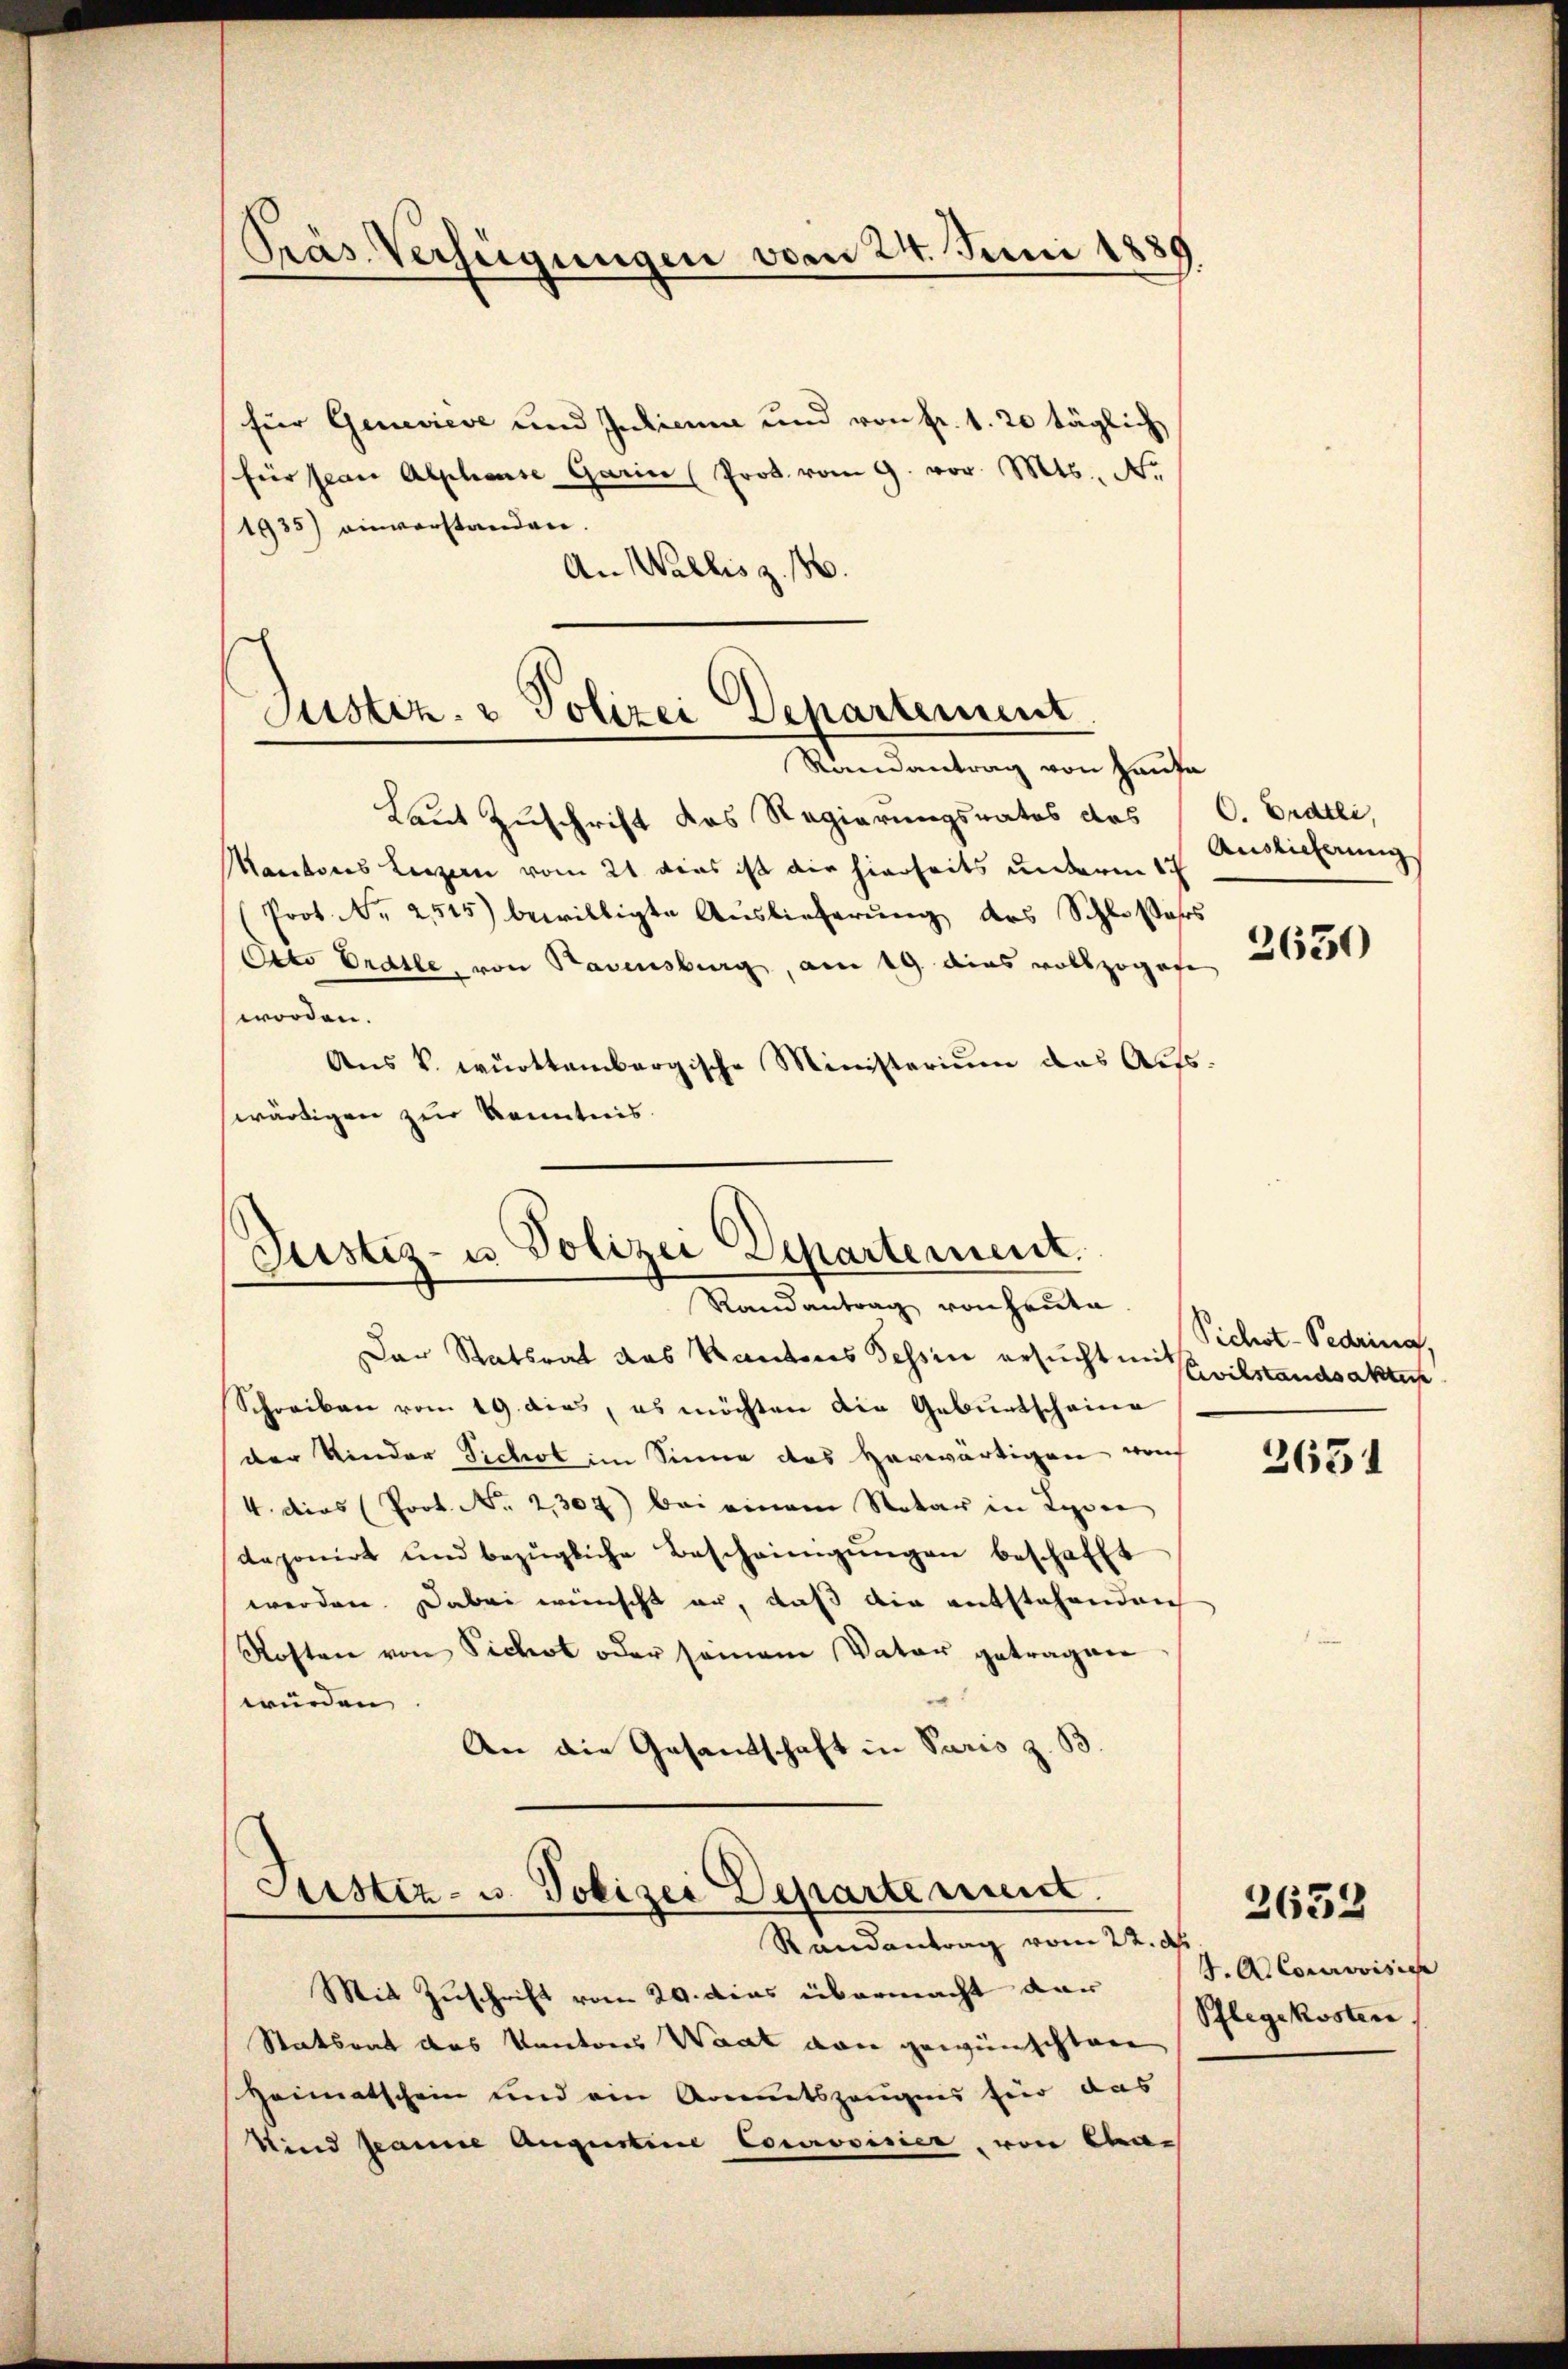
Präs. Verfügungen vom 24. Juni 1889

für Genevieve und Indien und von fr. 1. 20 täglich
für span Alpheuse Garin (Prod. vom 9. vor. Mts. N.
1935) einverstanden.
An Wallis z. B.

Laut Zuschrift das Regierungsrates des C. Endtli,
Mantons Luzern vom 21 dies ist die hierseits unterm 17
Prot. Nr. 2515) bewilligte Auslieferung des Schloßers
Otto Orelle, von Badensburg, am 19. dies vollzogofe
worden.
Aus k. württembergische Ministerium das Amtswärtigen zur Kenntnis.

Justiz- & Polizei Departement
Randantrag von Hause

Justiz- u. Polizei Departement.
Randantrag von heute

Der Statsrat das Kantons Tessin ersucht mit
Schreiben vom 19. dies, es möchten die Geburtscheina
der Kinder Sichel im Sinne des herwärtigen woh
4. dies (Prot. No. 2307) bei einem Notar in Lyone
deponirt und bezügliche Bescheinigŭngen beschafft
werden. Dabei wünscht er, daß die entstehenden
Kosten von Sichot oder seinem Vater getragen
würden
An die Gesandtschaft in Paris z. B

Justiz- u. Polizei Departe seint.
Randantrag vom 22. d.

Auslieferung

2630

Pichst-Pedringt.
Civilstandsakte
3651

Mit Zuschrift vom 29. dies übermacht dar
Statsrat das Kantons Waat von gewünschten
Heimatschein und ein Armentszeugens hier das
Sind spanne Augustine Courovisier, von Ca¬

.ACocroisie
Pflegekosten

2633